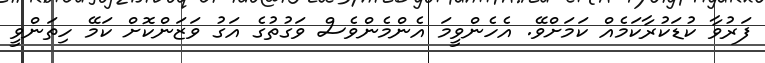
ފަރުވާ ކުޑަކުރާކަމެއް ކަމަށްވޭ. އެހެންވީމަ އެންމެންވެސް ވަގުތުގެ އަގު ވަޒަންކޮށް ކަމޭ ހިތަންވީ